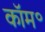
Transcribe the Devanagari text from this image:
कॉम॰